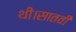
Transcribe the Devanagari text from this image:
थी।सातवीं